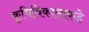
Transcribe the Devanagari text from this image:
कृषिविकासाकडे